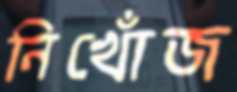
নিখোঁজ